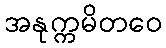
အနုက္ကမိတဝေ